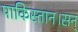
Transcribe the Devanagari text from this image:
पाकिस्तान।सन्